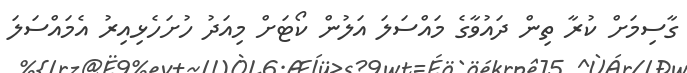
ގާސިމަށް ކުރާ ތިން ދައުވާގެ މައްސަލަ އަލުން ކޯޓަށް މިއަދު ހުށަހެޅިއިރު އެމައްސަލަ